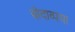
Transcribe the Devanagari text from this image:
बोदाव्पया